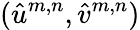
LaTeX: (\hat{u}^{m,n},\hat{v}^{m,n})